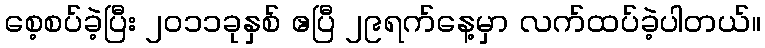
စေ့စပ်ခဲ့ပြီး ၂ဝ၁၁ခုနှစ် ဧပြီ ၂၉ရက်နေ့မှာ လက်ထပ်ခဲ့ပါတယ်။